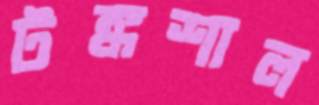
টঙ্কশাল